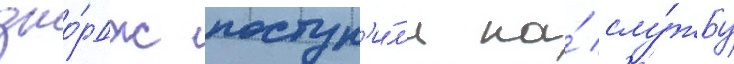
джо́рдж поступ'и́л'и на́ слу́жбу